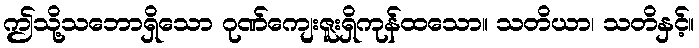
ဤသို့သဘောရှိသော ဂုဏ်ကျေးဇူးရှိကုန်ထသော။ သတိယာ၊ သတိနှင့်။